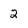
Character: 2